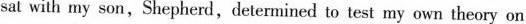
sat with my son,Shepherd,deternined to test my own theory on